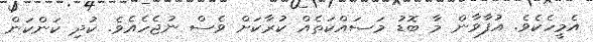
އެމީހެކެވެ. އުފާވާން މާ ބޮޑު މަސައްކަތެއް ކުރާކަށް ވެސް ނުޖެހެއެވެ. ކުދި ކަންކަން